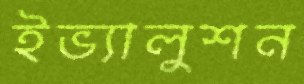
ইভ্যালুশন